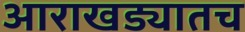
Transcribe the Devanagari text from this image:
आराखड्यातच